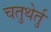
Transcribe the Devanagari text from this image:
चतुथेर्तु